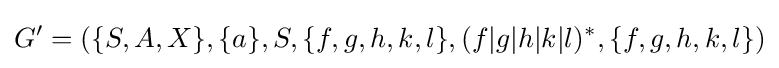
G^{\prime }=(\{S,A,X\},\{a\},S,\{f,g,h,k,l\},(f|g|h|k|l)^{*},\{f,g,h,k,l\})